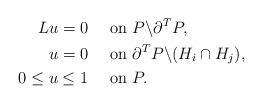
LaTeX: \begin{align*}L u = 0&\quad\hbox{ on } P\backslash \partial^T P,\\u=0 &\quad\hbox{ on } \partial^T P\backslash (H_i\cap H_j),\\0 \leq u \leq 1 &\quad\hbox{ on } P.\end{align*}